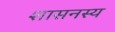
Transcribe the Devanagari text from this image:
शासनस्य